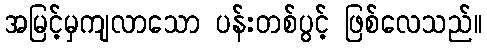
အမြင့်မှကျလာသော ပန်းတစ်ပွင့် ဖြစ်လေသည်။